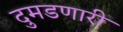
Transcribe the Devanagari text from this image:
दुमडणारी